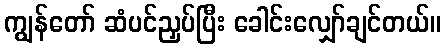
ကျွန်တော် ဆံပင်ညှပ်ပြီး ခေါင်းလျှော်ချင်တယ်။